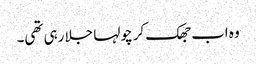
وہ اب جھک کر چولہا جلا رہی تھی۔